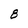
Character: 8